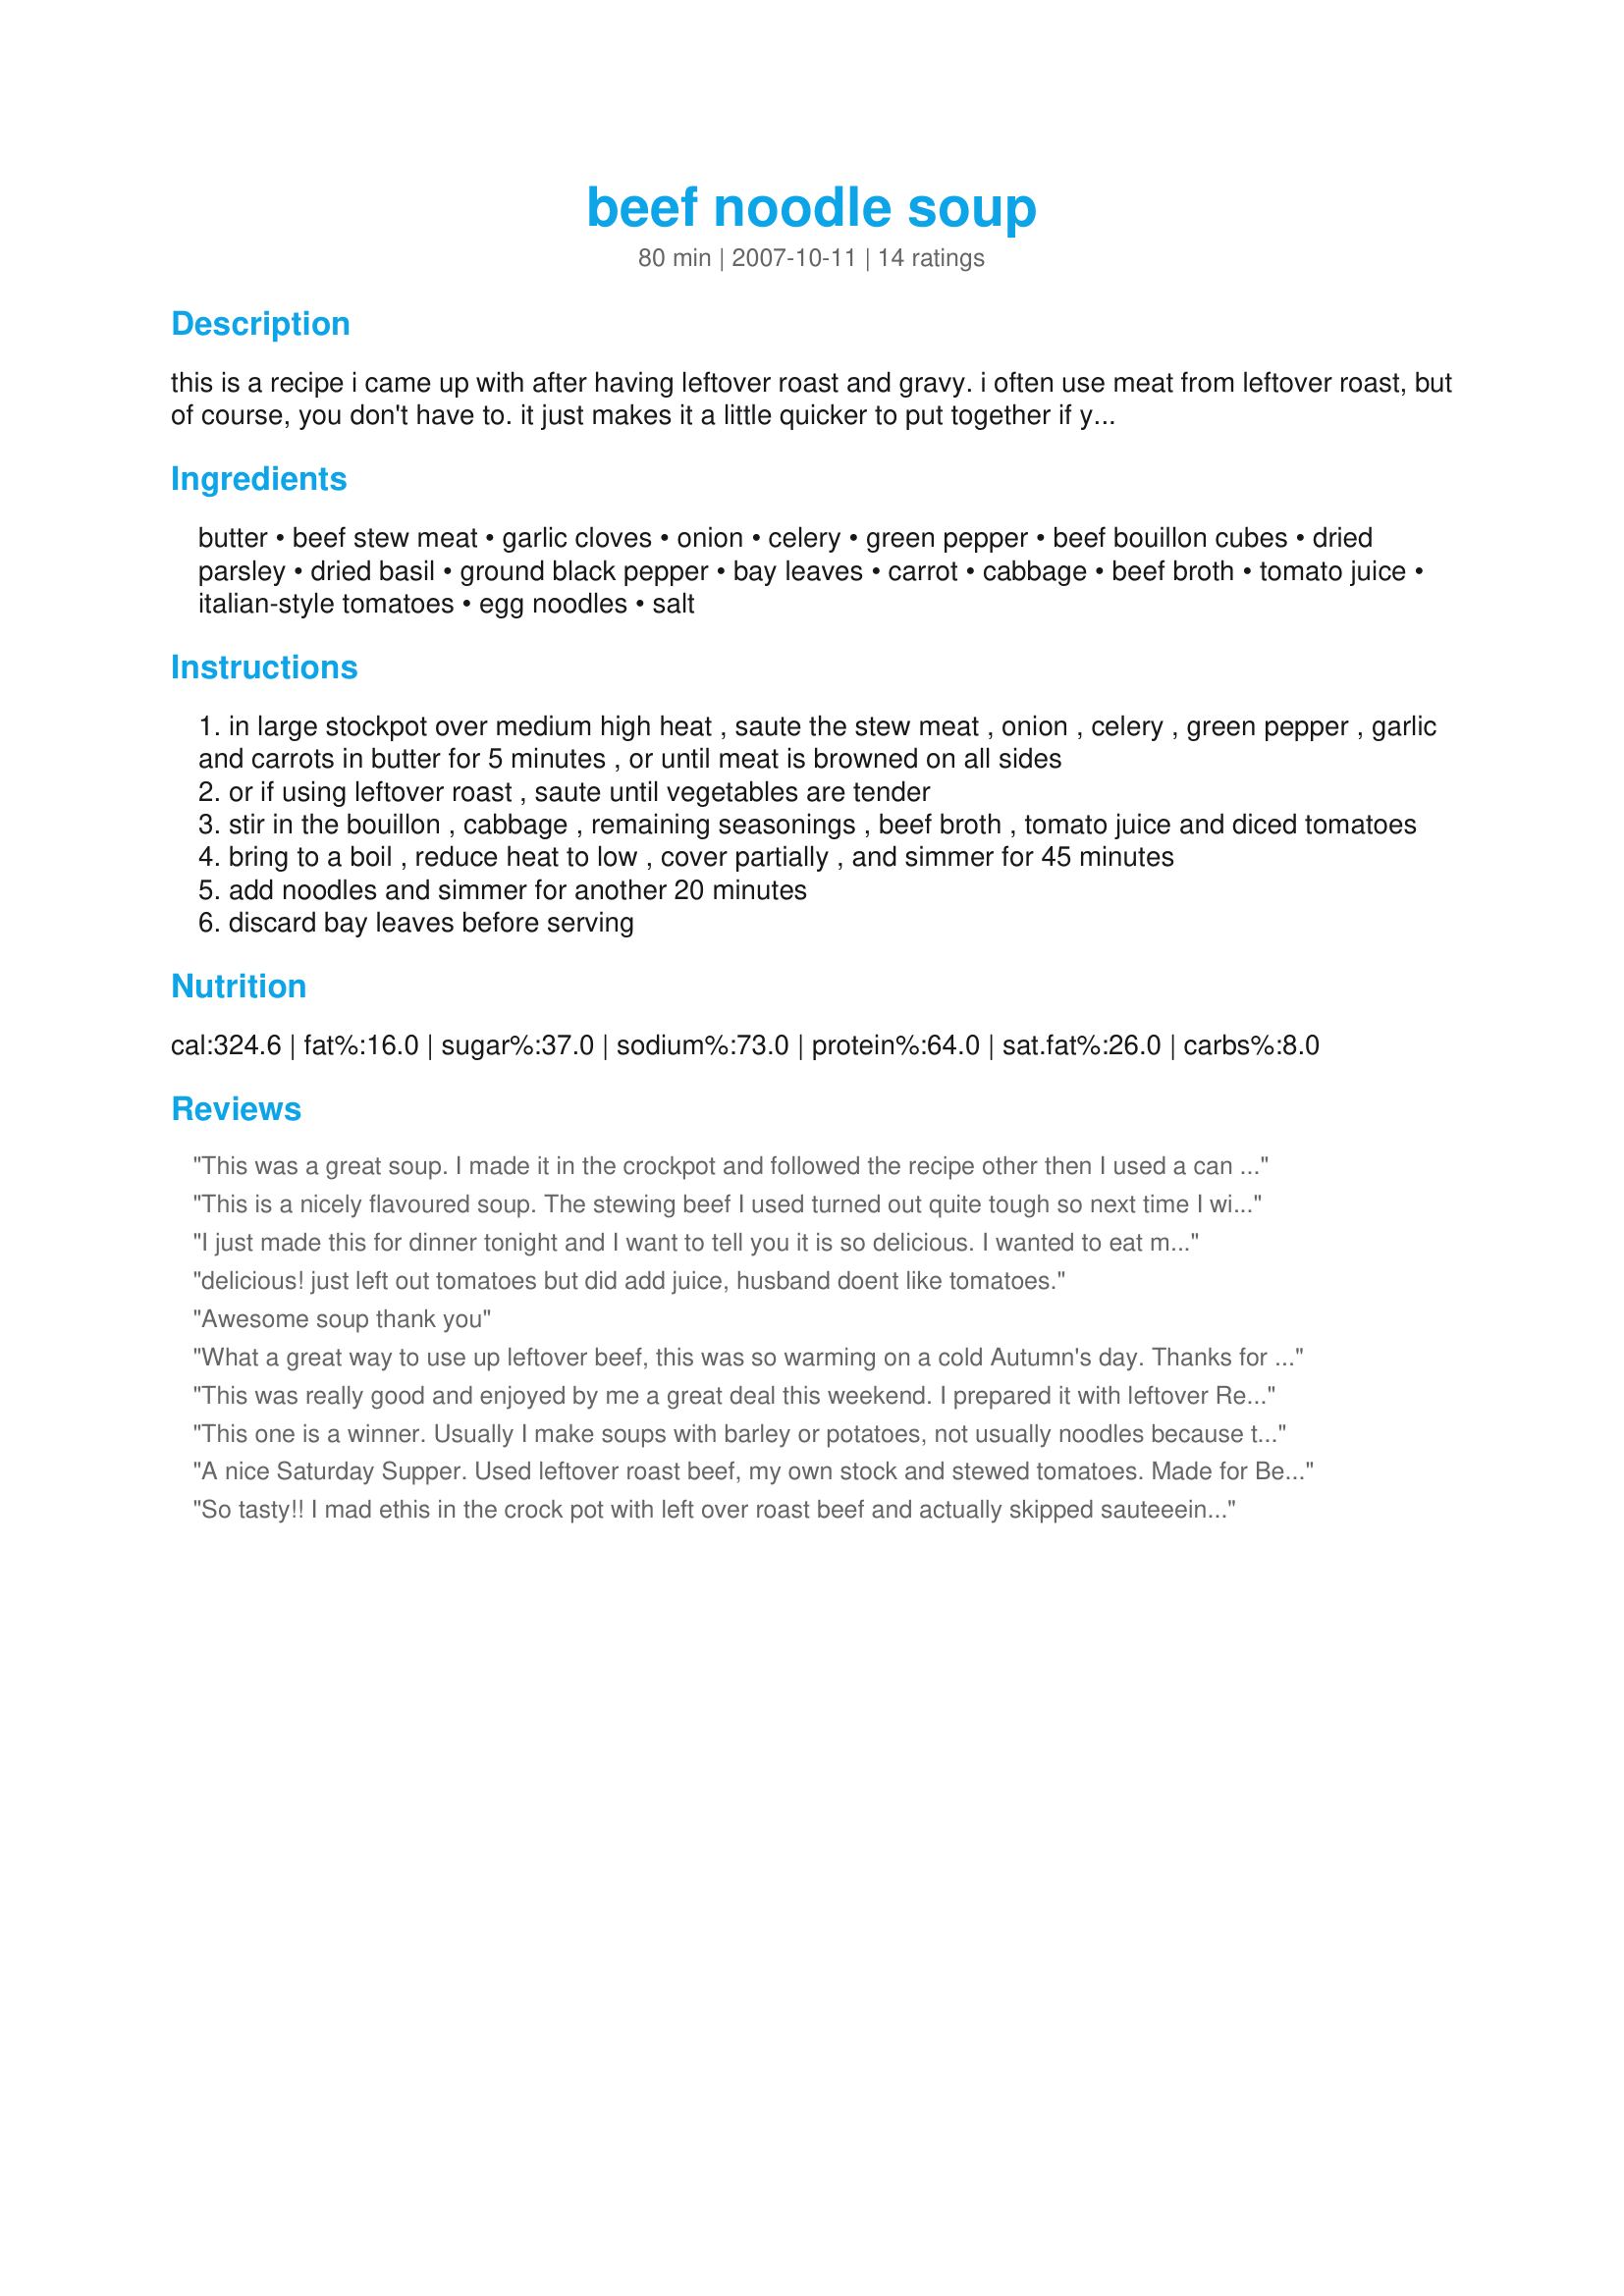
beef noodle soup
Preparation time: 80 minutes

this is a recipe i came up with after having leftover roast and gravy. i often use meat from leftover roast, but of course, you don't have to. it just makes it a little quicker to put together if you do! so substitute as you feel necessary with whatever beef you have on hand! this could also be made in the crockpot after sauteeing the meat and veggies. just add the noodles to the crockpot about 30 minutes before the soup is done.

Ingredients:
butter, beef stew meat, garlic cloves, onion, celery, green pepper, beef bouillon cubes, dried parsley, dried basil, ground black pepper, bay leaves, carrot, cabbage, beef broth, tomato juice, italian-style tomatoes, egg noodles, salt

Steps:
in large stockpot over medium high heat , saute the stew meat , onion , celery , green pepper , garlic and carrots in butter for 5 minutes , or until meat is browned on all sides
or if using leftover roast , saute until vegetables are tender
stir in the bouillon , cabbage , remaining seasonings , beef broth , tomato juice and diced tomatoes
bring to a boil , reduce heat to low , cover partially , and simmer for 45 minutes
add noodles and simmer for another 20 minutes
discard bay leaves before serving

Reviews:
This was a great soup. I made it in the crockpot and followed the recipe other then I used a can of crushed tomatoes instead of diced tomatoes as I was out of diced. I also used coleslaw mix instead of cutting up my own carrots and cabbage. This cooked about 10 hours on low. What great flavor. I really enjoyed it. Will be making again!
This is a nicely flavoured soup. The stewing beef I used turned out quite tough so next time I will use either ground beef or a cut up steak. Even though the meat was tough we did enjoy it. I will be making this one again. thanks for sharing your recipe. Made for PRMR.
I just made this for dinner tonight and I want to tell you it is so delicious. I wanted to eat more but. could not fit in anymore. I used left over roast and potatoes since they were soaked in roast juice. JUST AWESOME!!!!!!!!!!!!
delicious! just left out tomatoes but did add juice, husband doent like tomatoes.
Awesome soup thank you
What a great way to use up leftover beef, this was so warming on a cold Autumn's day. Thanks for posting!
This was really good and enjoyed by me a great deal this weekend. I prepared it with leftover Recipe#316678. I did leave out the cabbage because DH doesn't like it but followed the rest of the recipe as written. Thanks so much for sharing this with us. I was felling a little under the weather with a sinus infection and this was so simple to just throw together and it even made me fell better after eating it. Prepared for PRMR tag game.
This one is a winner. Usually I make soups with barley or potatoes, not usually noodles because they explode in size. I made this with some leftover lasagna noodles all chopped up and no such problem. Instead of bullion+broth/water, I used about a cup and a half of drippings from a roast plus a generous quantity of beef bone stock as well. I also added thyme, used tomato sauce instead of juice and forgot to add the sliced tomatoes, but it was fine. I appreciated being able to use up the lasagna noodles, roast drippings and cabbage. I also left out the green pepper. If I made it again rather than salt I might use worcheshire sauce. Super flavorful, great second meal after a roast.
A nice Saturday Supper. Used leftover roast beef, my own stock and stewed tomatoes. Made for Beverage Tag.
So tasty!! I mad ethis in the crock pot with left over roast beef and actually skipped sauteeeing the meat and veggies - just threw everything in the crockpot (except noodles) and set it on low to cook all day. Put the noodles in 30 minutes before the soup was done as directed. I actually made a soup almost identical to this several weeks ago, but made it "freestyle", meaning I just threw it together without writing anything down - thanks for writing it down for me! :) My family loved it - I had a taste before leaving for the evening and got home later thinking there would be plenty left - they barely left me a bowlful!!
Oh my this sure does hit the spot on a winters day. I had a bowl for lunch but a larger serving with hot rolls or garlic bread with be a fine dinner. I started with fresh beef and the soup was complete and the meat tender in about 2 hrs. One of the things I love about soup is that it's so forgiving, no careful timing needed. I skipped the cabbage but everything else went into the pot. The outcome is simply delicious.
This is a delicious soup. I used ground beef in consideration of DH's preferences and vegetable cocktail in place of the tomato juice. It was even better the second day. Made for Please Review My Recipe Tag.
One of our favorites!! tfs..huggzz
Boy did we love this soup...I had two ribeye steaks left from a night out and morel mushrooms and the combo made a fabulous rich soup....will make often.
